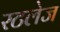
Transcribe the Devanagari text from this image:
रटलेज